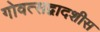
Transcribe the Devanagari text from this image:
गोवत्सद्वादशीस